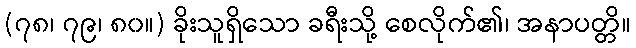
(၇၈၊ ၇၉၊ ၈၀။) ခိုးသူရှိသော ခရီးသို့ စေလိုက်၏၊ အနာပတ္တိ။